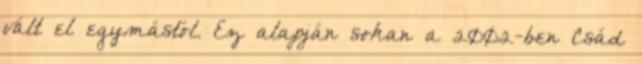
vált el egymástól. Ez alapján sokan a 2002-ben Csád